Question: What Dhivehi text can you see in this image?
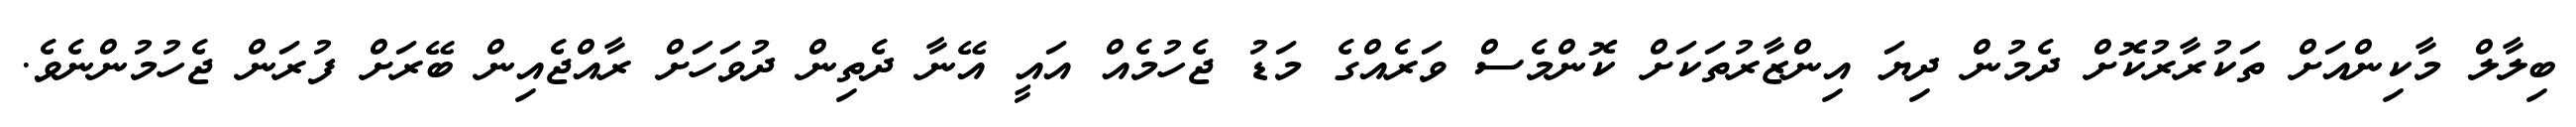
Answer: ބިލާލް މާކިންއަށް ތަކުރާރުކޮށް ދެމުން ދިޔަ އިންޒާރުތަކަށް ކޮންމެސް ވަރެއްގެ މަޑު ޖެހުމެއް އައީ އޭނާ ދެތިން ދުވަހަށް ރާއްޖެއިން ބޭރަށް ފުރަން ޖެހުމުންނެވެ.